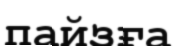
пайзға